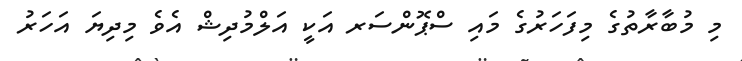
މި މުބާރާތުގެ މިފަހަރުގެ މައި ސްޕޮންސަރ އަކީ އަލްމުދިޝް އެވެ މިދިޔަ އަހަރު